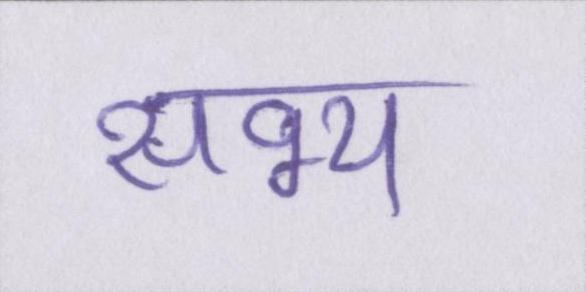
सभ्य